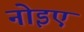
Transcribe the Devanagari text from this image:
नोइए